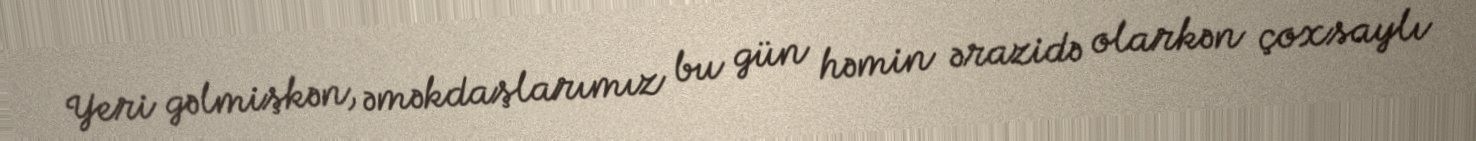
Yeri gəlmişkən, əməkdaşlarımız bu gün həmin ərazidə olarkən çoxsaylı